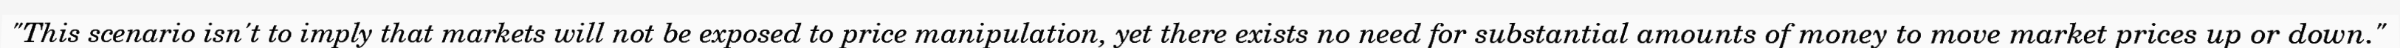
"This scenario isn't to imply that markets will not be exposed to price manipulation, yet there exists no need for substantial amounts of money to move market prices up or down."